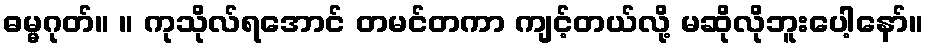
ဓမ္မဂုတ်။ ။ ကုသိုလ်ရအောင် တမင်တကာ ကျင့်တယ်လို့ မဆိုလိုဘူးပေါ့နော်။